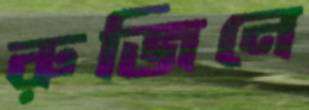
রুজিনে